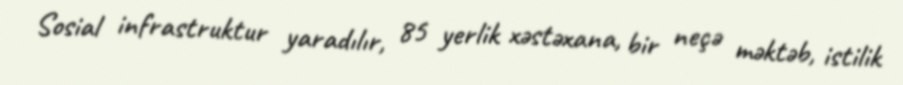
Sosial infrastruktur yaradılır, 85 yerlik xəstəxana, bir neçə məktəb, istilik